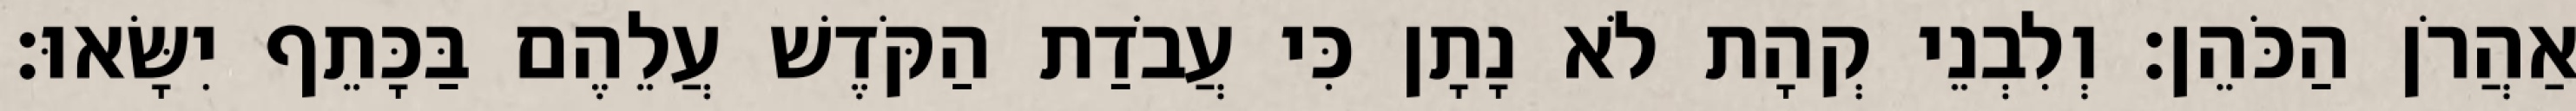
אַהֲרֹן הַכֹּהֵן׃ וְלִבְנֵי קְהָת לֹא נָתָן כִּי עֲבֹדַת הַקֹּדֶשׁ עֲלֵהֶם בַּכָּתֵף יִשָּׂאוּ׃